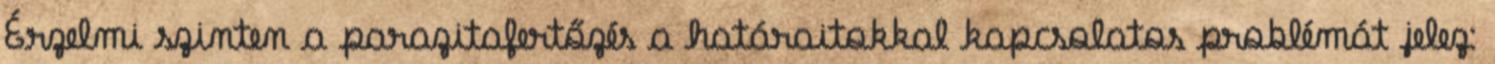
Érzelmi szinten a parazitafertőzés a határaitokkal kapcsolatos problémát jelez: